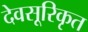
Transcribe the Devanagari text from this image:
देवसूरिकृत